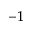
^ { - 1 }